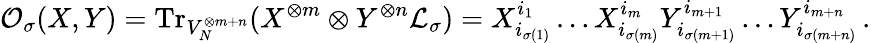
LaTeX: \mathcal{O}_{\sigma}(X,Y)=\mathrm{Tr}_{V_{N}^{\otimes m+n}}(X^{\otimes m}\otimes Y^{\otimes n}\mathcal{L}_{\sigma})=X_{i_{\sigma(1)}}^{i_{1}}\dots X_{i_{\sigma(m)}}^{i_{m}}Y_{i_{\sigma(m+1)}}^{i_{m+1}}\dots Y_{i_{\sigma(m+n)}}^{i_{m+n}}\, .